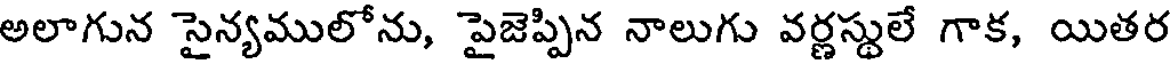
అలాగున సైన్యములోను, పైజెప్పిన నాలుగు వర్ణస్థులే గాక, యితర